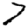
Digit: 7